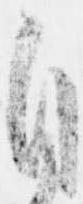
自